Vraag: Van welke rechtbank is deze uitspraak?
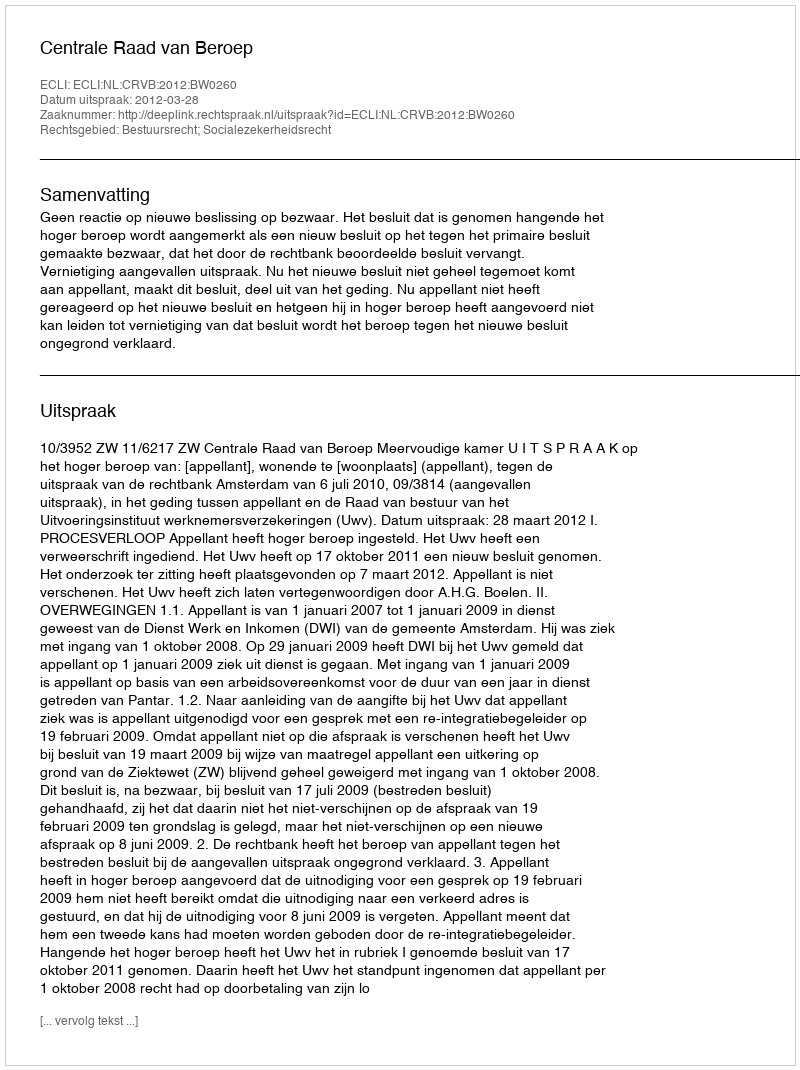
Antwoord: Centrale Raad van Beroep